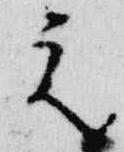
元